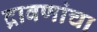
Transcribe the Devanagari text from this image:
द्रावणांचा